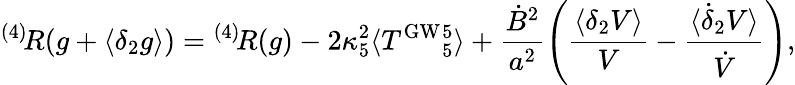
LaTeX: {}^{(4)}\! R(g+\langle\delta_{2}g\rangle)={}^{(4)}\! R(g)-2\kappa_{5}^{2}\langle T^{\mathrm{GW}}{}_{5}^{5}\rangle+\frac{\dot{B}^{2}}{a^{2}}\left(\frac{\langle\delta_{2}V\rangle}{V}-\frac{\langle\dot{\delta}_{2}V\rangle}{\dot{V}}\right),